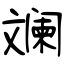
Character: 斓